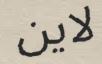
لاین